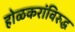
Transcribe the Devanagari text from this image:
होळकरांविरुद्ध